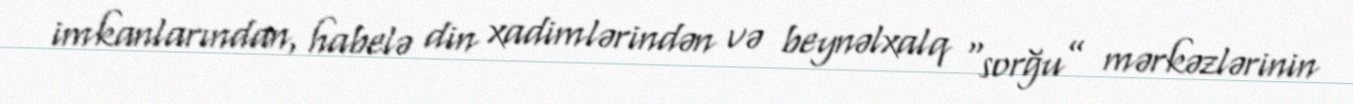
imkanlarından, habelə din xadimlərindən və beynəlxalq “sorğu” mərkəzlərinin